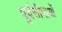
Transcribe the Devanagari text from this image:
पूर्वसीमाओं